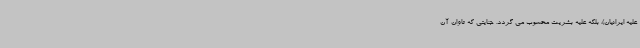
علیه ایرانیان)، بلکه علیه بشریت محسوب می گردد. جنایتی که تاوان آن